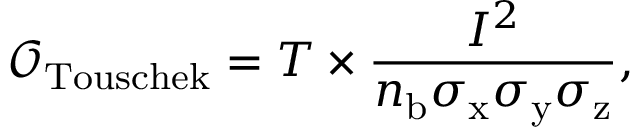
\mathcal { O } _ { \mathrm { T o u s c h e k } } = T \times \frac { I ^ { 2 } } { n _ { \mathrm { b } } \sigma _ { \mathrm { x } } \sigma _ { \mathrm { y } } \sigma _ { \mathrm { z } } } ,